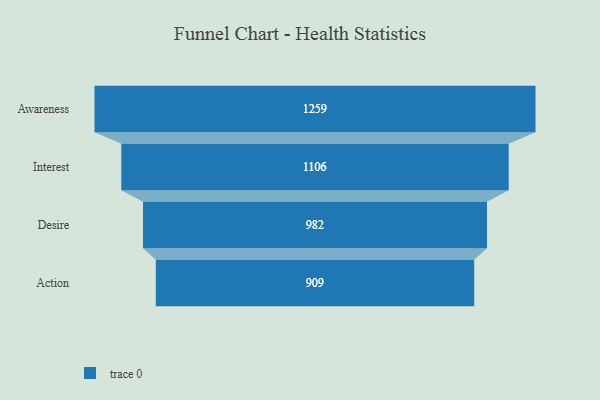
{"axis": {"x": "Stage", "y": "Value"}, "legend": [""], "data": [{"x": "Awareness", "y": 1259.0, "type": ""}, {"x": "Interest", "y": 1106.0, "type": ""}, {"x": "Desire", "y": 982.0, "type": ""}, {"x": "Action", "y": 909.0, "type": ""}]}